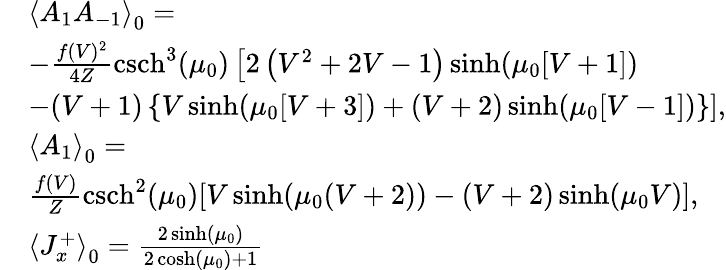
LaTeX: \begin{array}{rl}&{{\langle A_{1}A_{-1}\rangle}_{0}=}\\ &{-\frac{f(V)^{2}}{4Z}\mathrm{csch}^{3}(\mu_{0})\left[2\left(V^{2}+2V-1\right)\sinh(\mu_{0}[V+1])\right.}\\ &{\left.-(V+1)\left\{ V\sinh(\mu_{0}[V+3])+(V+2)\sinh(\mu_{0}[V-1])\right\} \right],}\\ &{{\langle A_{1}\rangle}_{0}=}\\ &{\frac{f(V)}{Z}\mathrm{csch}^{2}(\mu_{0})[V\sinh(\mu_{0}(V+2))-(V+2)\sinh(\mu_{0}V)],}\\ &{{\langle J_{x}^{+}\rangle}_{0}=\frac{2\sinh(\mu_{0})}{2\cosh(\mu_{0})+1}}\end{array}